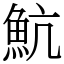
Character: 魧